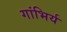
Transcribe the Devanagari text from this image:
गांभिर्य